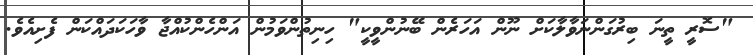
"ސޮރީ ތީނަ ބިރުގަންނަވާާލާކަށް ނޫން އަހަރެން ބޭނުންވީކީ" ހިނިތުންވަމުން އަންހެންކުއްޖާ ވާާހަކަދައްކަން ފެށިއެވެ.